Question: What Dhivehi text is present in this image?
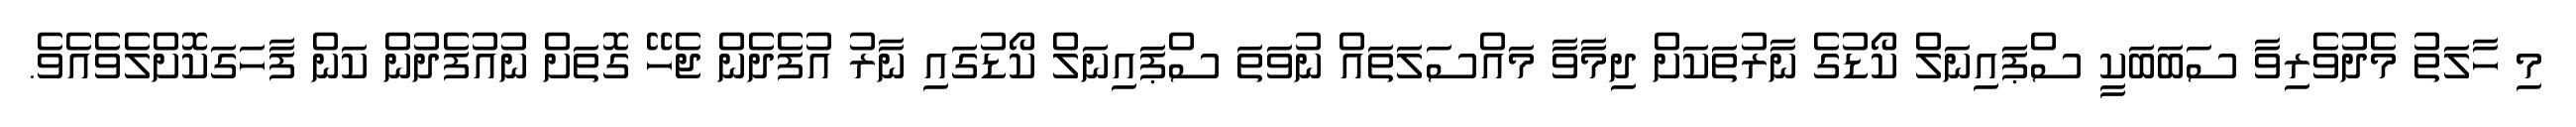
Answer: މި ހާލަތު މެދުވެރިވާ ސަބަބަކީ ސްޕައިނަލް ކޯޑުގެ ނާރުތަކަށް ދިމާވާ މައްސަލަތައް ނުވަތަ ސްޕައިނަލް ކޯޑުގައި ނާރު އުފެދެން ޖެހޭ ގޮތަށް ނުއުފެދުން ކަން ފާހަގަކޮށްލެވެއެވެ.